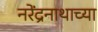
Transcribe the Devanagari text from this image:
नरेंद्रनाथाच्या